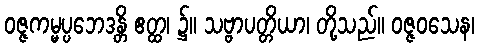
ဝဇ္ဇကမ္မပ္ပဘေဒန္တိ ဧတ္ထ၊ ၌။ သဗ္ဗာပတ္တိယာ၊ တို့သည်။ ဝဇ္ဇဝသေန၊